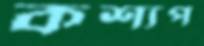
কশ্যপ